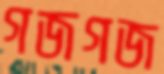
গজগজ